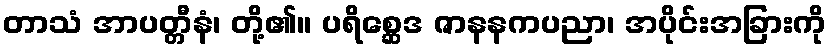
တာသံ အာပတ္တီနံ၊ တို့၏။ ပရိစ္ဆေဒ ဇာနနကပညာ၊ အပိုင်းအခြားကို